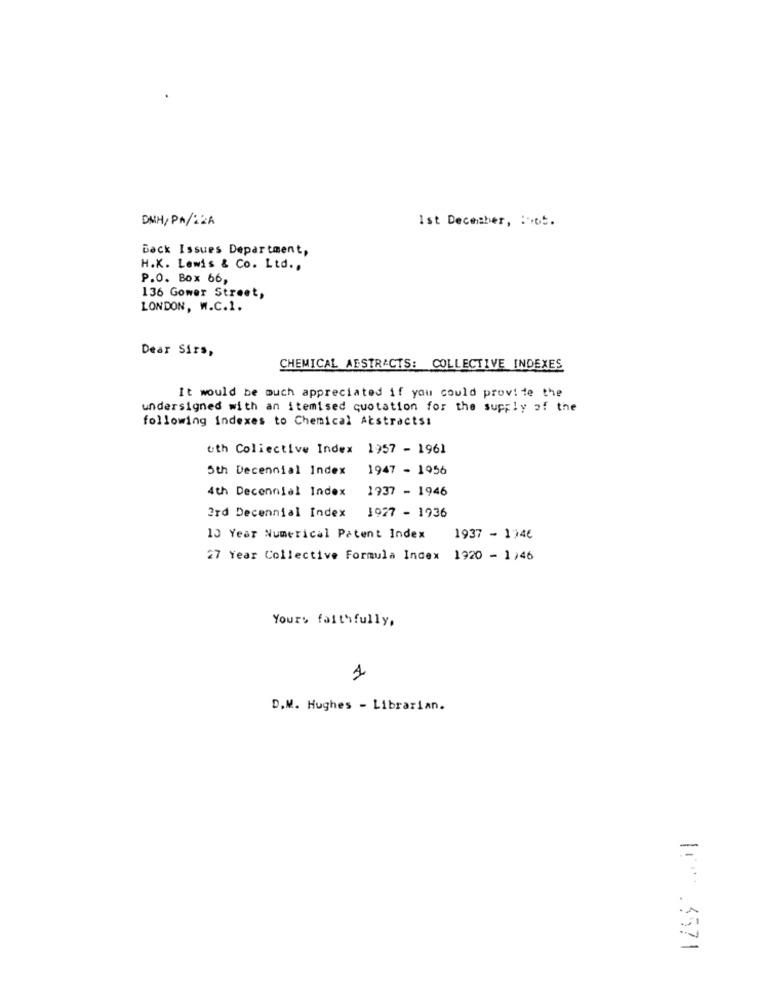
DMH/ PM/22A
Ist December, : ot.
Back Issues Department,
H.K. Lewis & Co. Ltd .,
P.O. Box 66,
136 Gower Street,
LONDON, W.C.1.
Dear Sirs,
CHEMICAL ABSTRACTS: COLLECTIVE INDEXES
It would be much appreciated if you could provide the
undersigned with an itemised quotation for the supply of the
following indexes to Chemical Abstracts:
uth Coliective Index 1957 - 1961
5th Decennial Index
1947 - 1956
4th Decennial Index
1937 - 1946
3rd Decennial Index
1927 - 1936
10 Year Numerical Patent Index
1937 - 1746
27 Year Collective Formula Index 1920 - 1)46
Yours faithfully,
D.M. Hughes - Librarian.
=
2
10 .3571